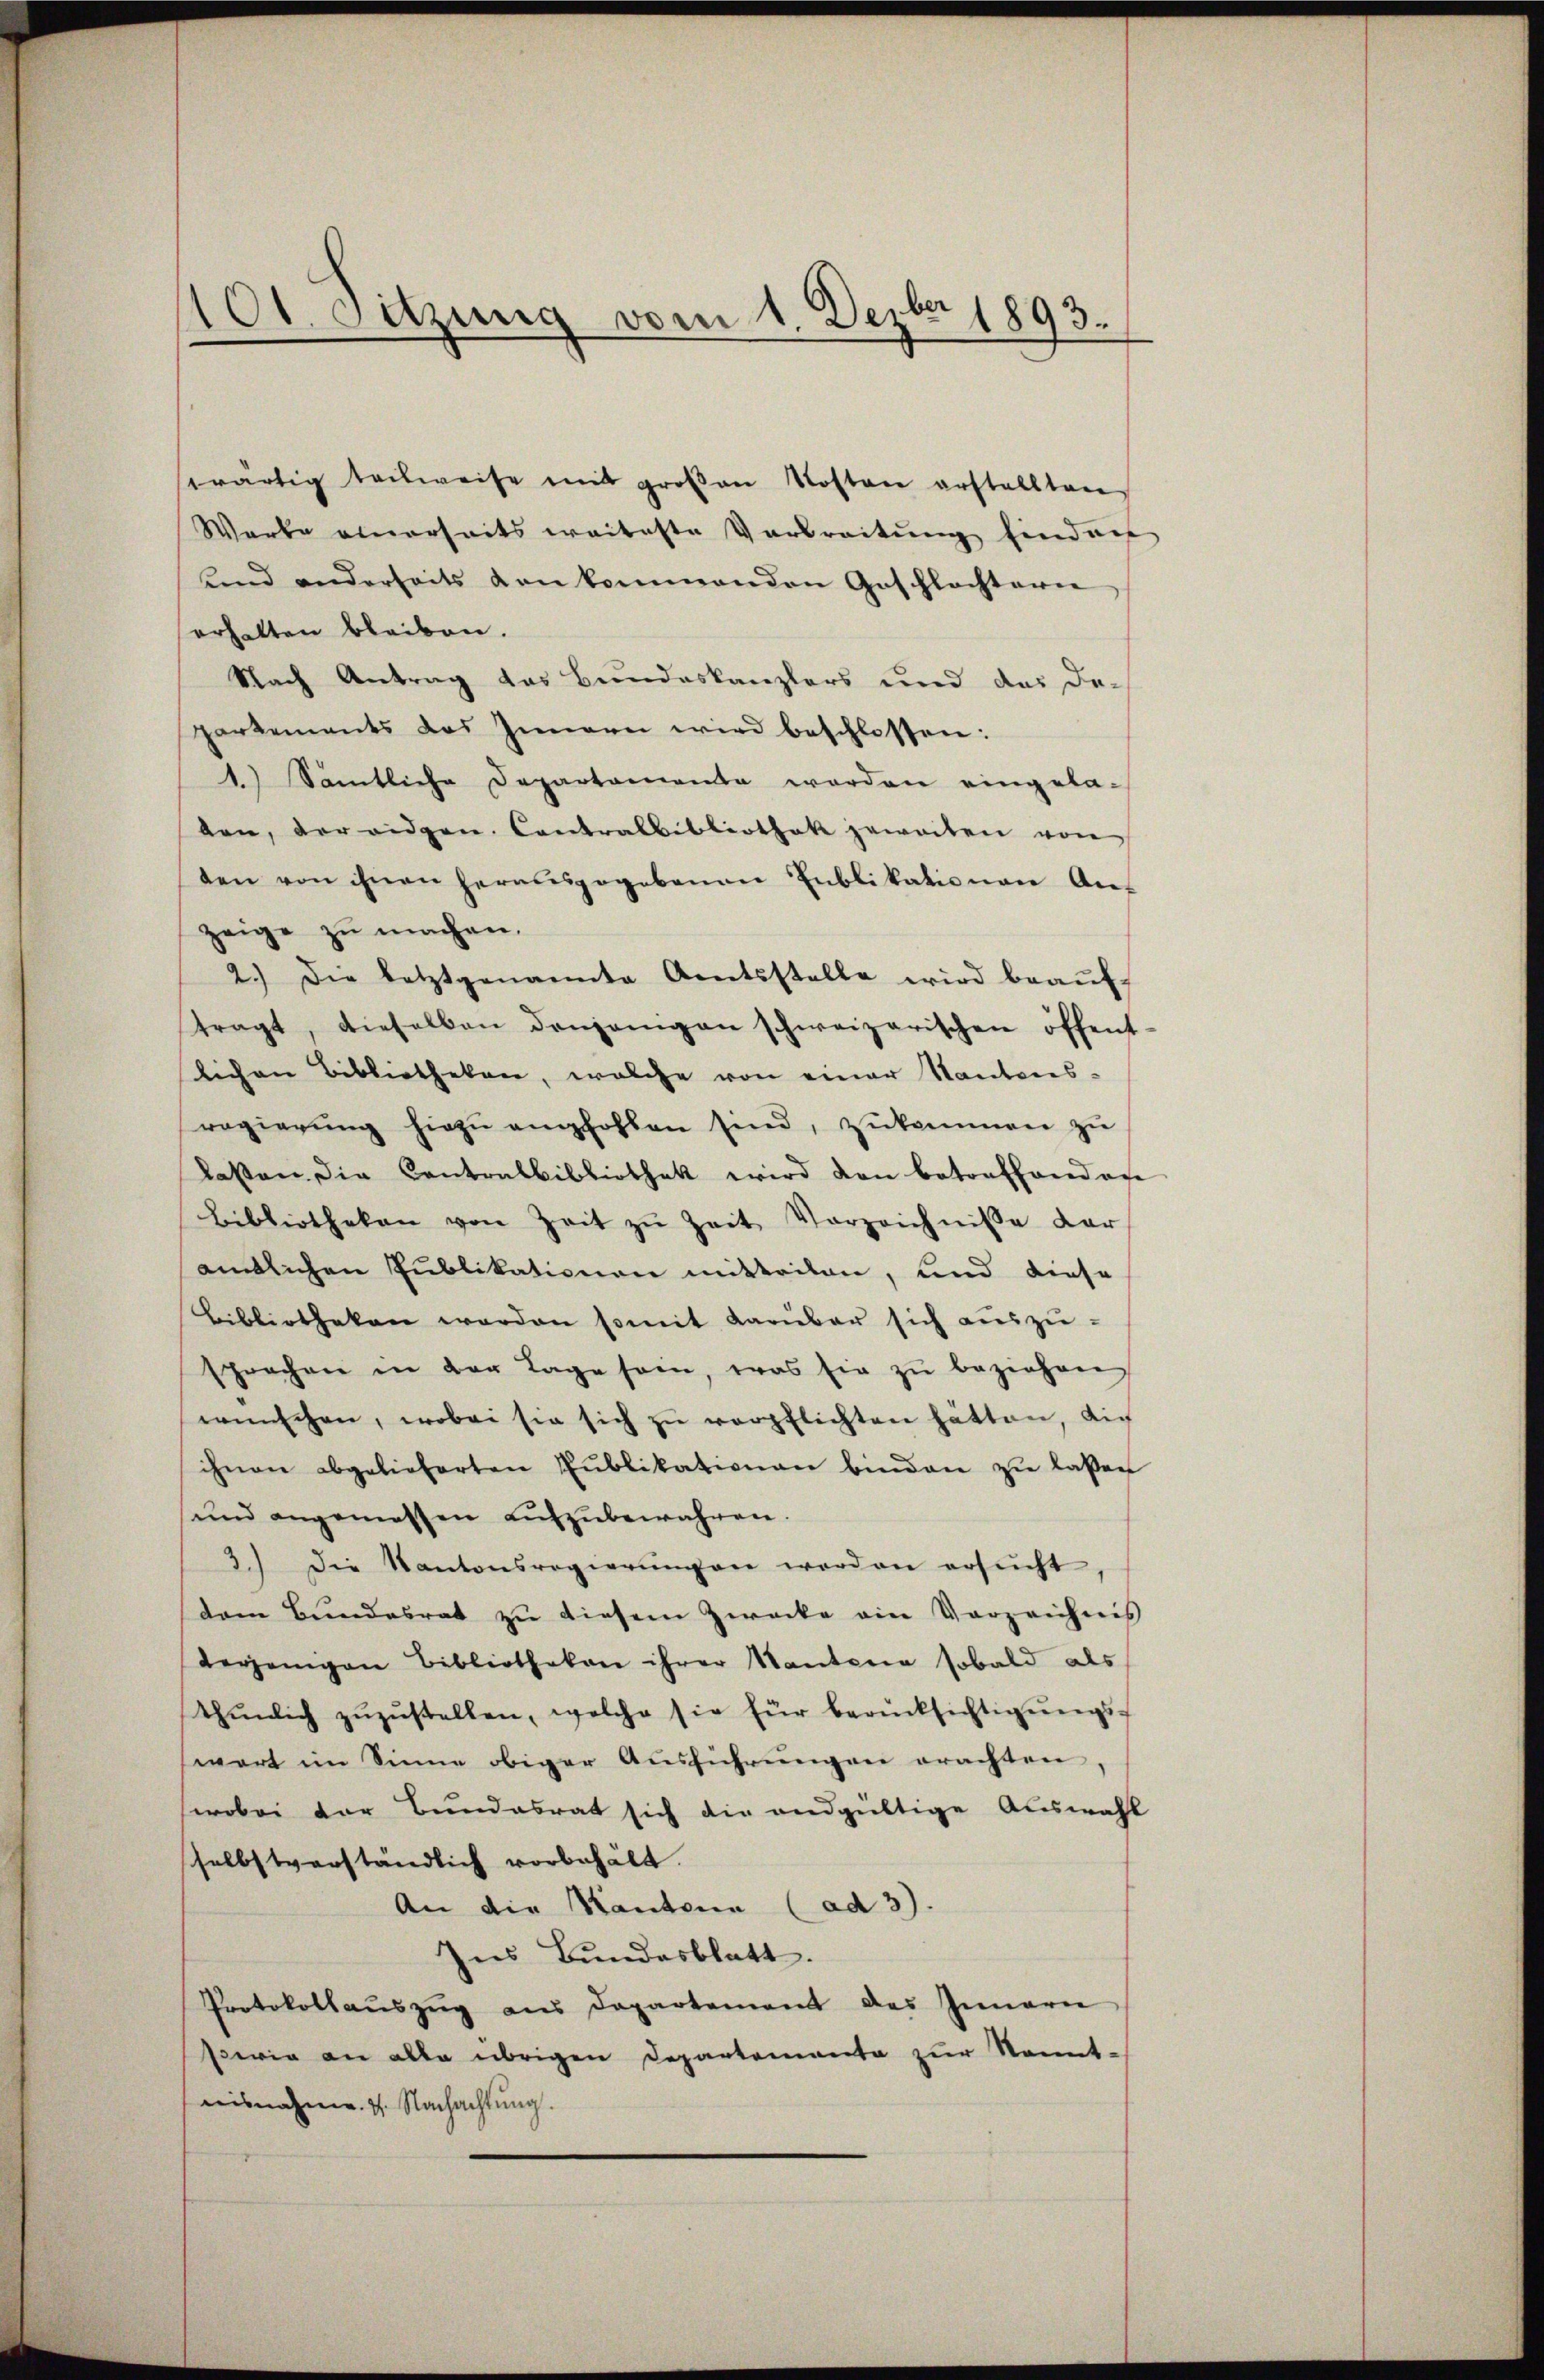
101. Sitzung vom 1. Dezbr 1893.

wärtig teilweise mit groβen Kosten erstellten
Warte einerseits weiteste Verbreitŭng finden
unnd anderseits von kommenden Geschlachtern
erhalten bleiben.
Nach Antrag das Bundeskanzlers und das Departements das Innern wird beschlossen:
1.) Sämtliche Departamenta werden eingela-
ben, der eidgen. Contralbibliothek geweiten von
ten von ihnen herausgegebenen Eublikationen An-
zeige zu machen.
2.) Die letztgenannte Amtsstelle wird beaŭf-
tragt, dieselben denjenigen schweizerischen öffent-
lichen Bibliotheken, welche von einer Kantons-
regierŭng hiezŭ empfohlen sind, zŭkommen zŭ
lassen, die Contralbibliothek wird von betonfhandage
Bibliotheken von Zeit zŭ Zeit Vorzeichnisse dar
amtlichen Publikationen mitteilen, und diese
Bibliotheken werden somit darüber sich aŭszŭ-
sprechen in der Tage soin, was sie zŭ beziehen
wünschen, wobei sie sich zŭ verpflichten hätten, dich
ihnen abgelieferten Pŭblikationen binden zŭ lassen
ŭnd angemessen aŭszŭbewahren.
3.) Die Kantonsregierŭngen worden ersucht
dem Bŭndesrat zŭ diesem Zwecke ein Vorzeichnis
terjenigen Bibliothekar ihrer Kantoria sobald als
thŭnlich zŭzŭstellen, welche sie für berücksichtigŭngs-
wart im Sinne obiger Ausführungen erachten,
wobei der Bundesrat sich die endgültige Auswahl
selbstverständlich vorbehält.
An die Kantone (ad 3).
Ins Bundesblatt.
Protokollaŭszŭg ans Departement des Innern
serin an alle übrigen Departementa zur Kenntnisnahme. 4. Nachachtŭng.